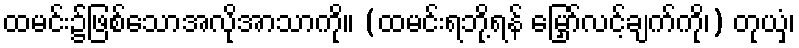
ထမင်း၌ဖြစ်သောအလိုအာသာကို။ (ထမင်းရဘို့ရန် မြှော်လင့်ချက်ကို၊) တုယှံ၊